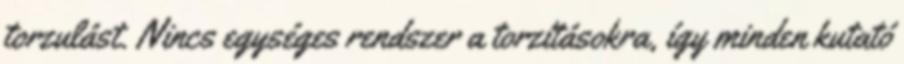
torzulást. Nincs egységes rendszer a torzításokra, így minden kutató